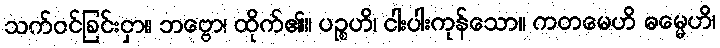
သက်ဝင်ခြင်းငှာ။ ဘဗ္ဗော၊ ထိုက်၏။ ပဉ္စဟိ၊ ငါးပါးကုန်သော။ ကတမေဟိ ဓမ္မေဟိ၊